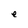
Character: e